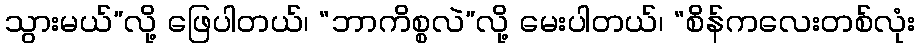
သွားမယ်”လို့ ဖြေပါတယ်၊ “ဘာကိစ္စလဲ”လို့ မေးပါတယ်၊ “စိန်ကလေးတစ်လုံး